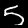
Digit: 5